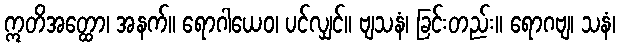
ဣတိအတ္ထော၊ အနက်။ ရောဂါယေဝ၊ ပင်လျှင်။ ဗျသနံ၊ ခြင်းတည်း။ ရောဂဗျ၊ သနံ၊